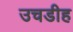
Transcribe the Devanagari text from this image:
उचडीह